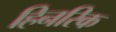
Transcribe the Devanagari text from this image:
हिनरिक